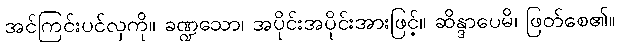
အင်ကြင်းပင်လှကို။ ခဏ္ဍသော၊ အပိုင်းအပိုင်းအားဖြင့်။ ဆိန္ဒာပေမိ၊ ဖြတ်စေ၏။